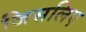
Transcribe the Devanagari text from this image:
जिसलिए